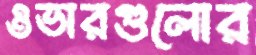
ওভারগুলোর